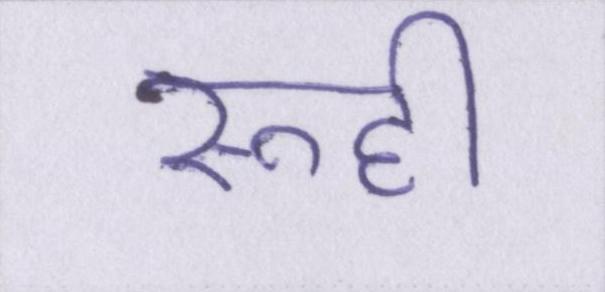
रूही